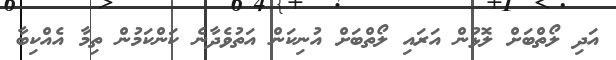
އަދި ލޯތްބަށް ލޮޅުން އަރައި ލޯތްބަށް އުނިކަން އަތުވެދާނެ ކަންކަމުން ތިމާ އެއްކިބާ